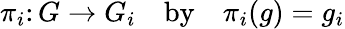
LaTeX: \pi_{i}\colon G\to G_{i}\quad\mathrm{by}\quad\pi_{i}(g)=g_{i}